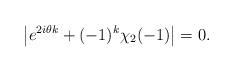
LaTeX: \begin{align*}\big|e^{2i\theta k} + (-1)^k\chi_2(-1)\big| =0.\end{align*}